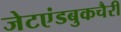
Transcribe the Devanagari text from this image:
जेटएंडबुकचैरी